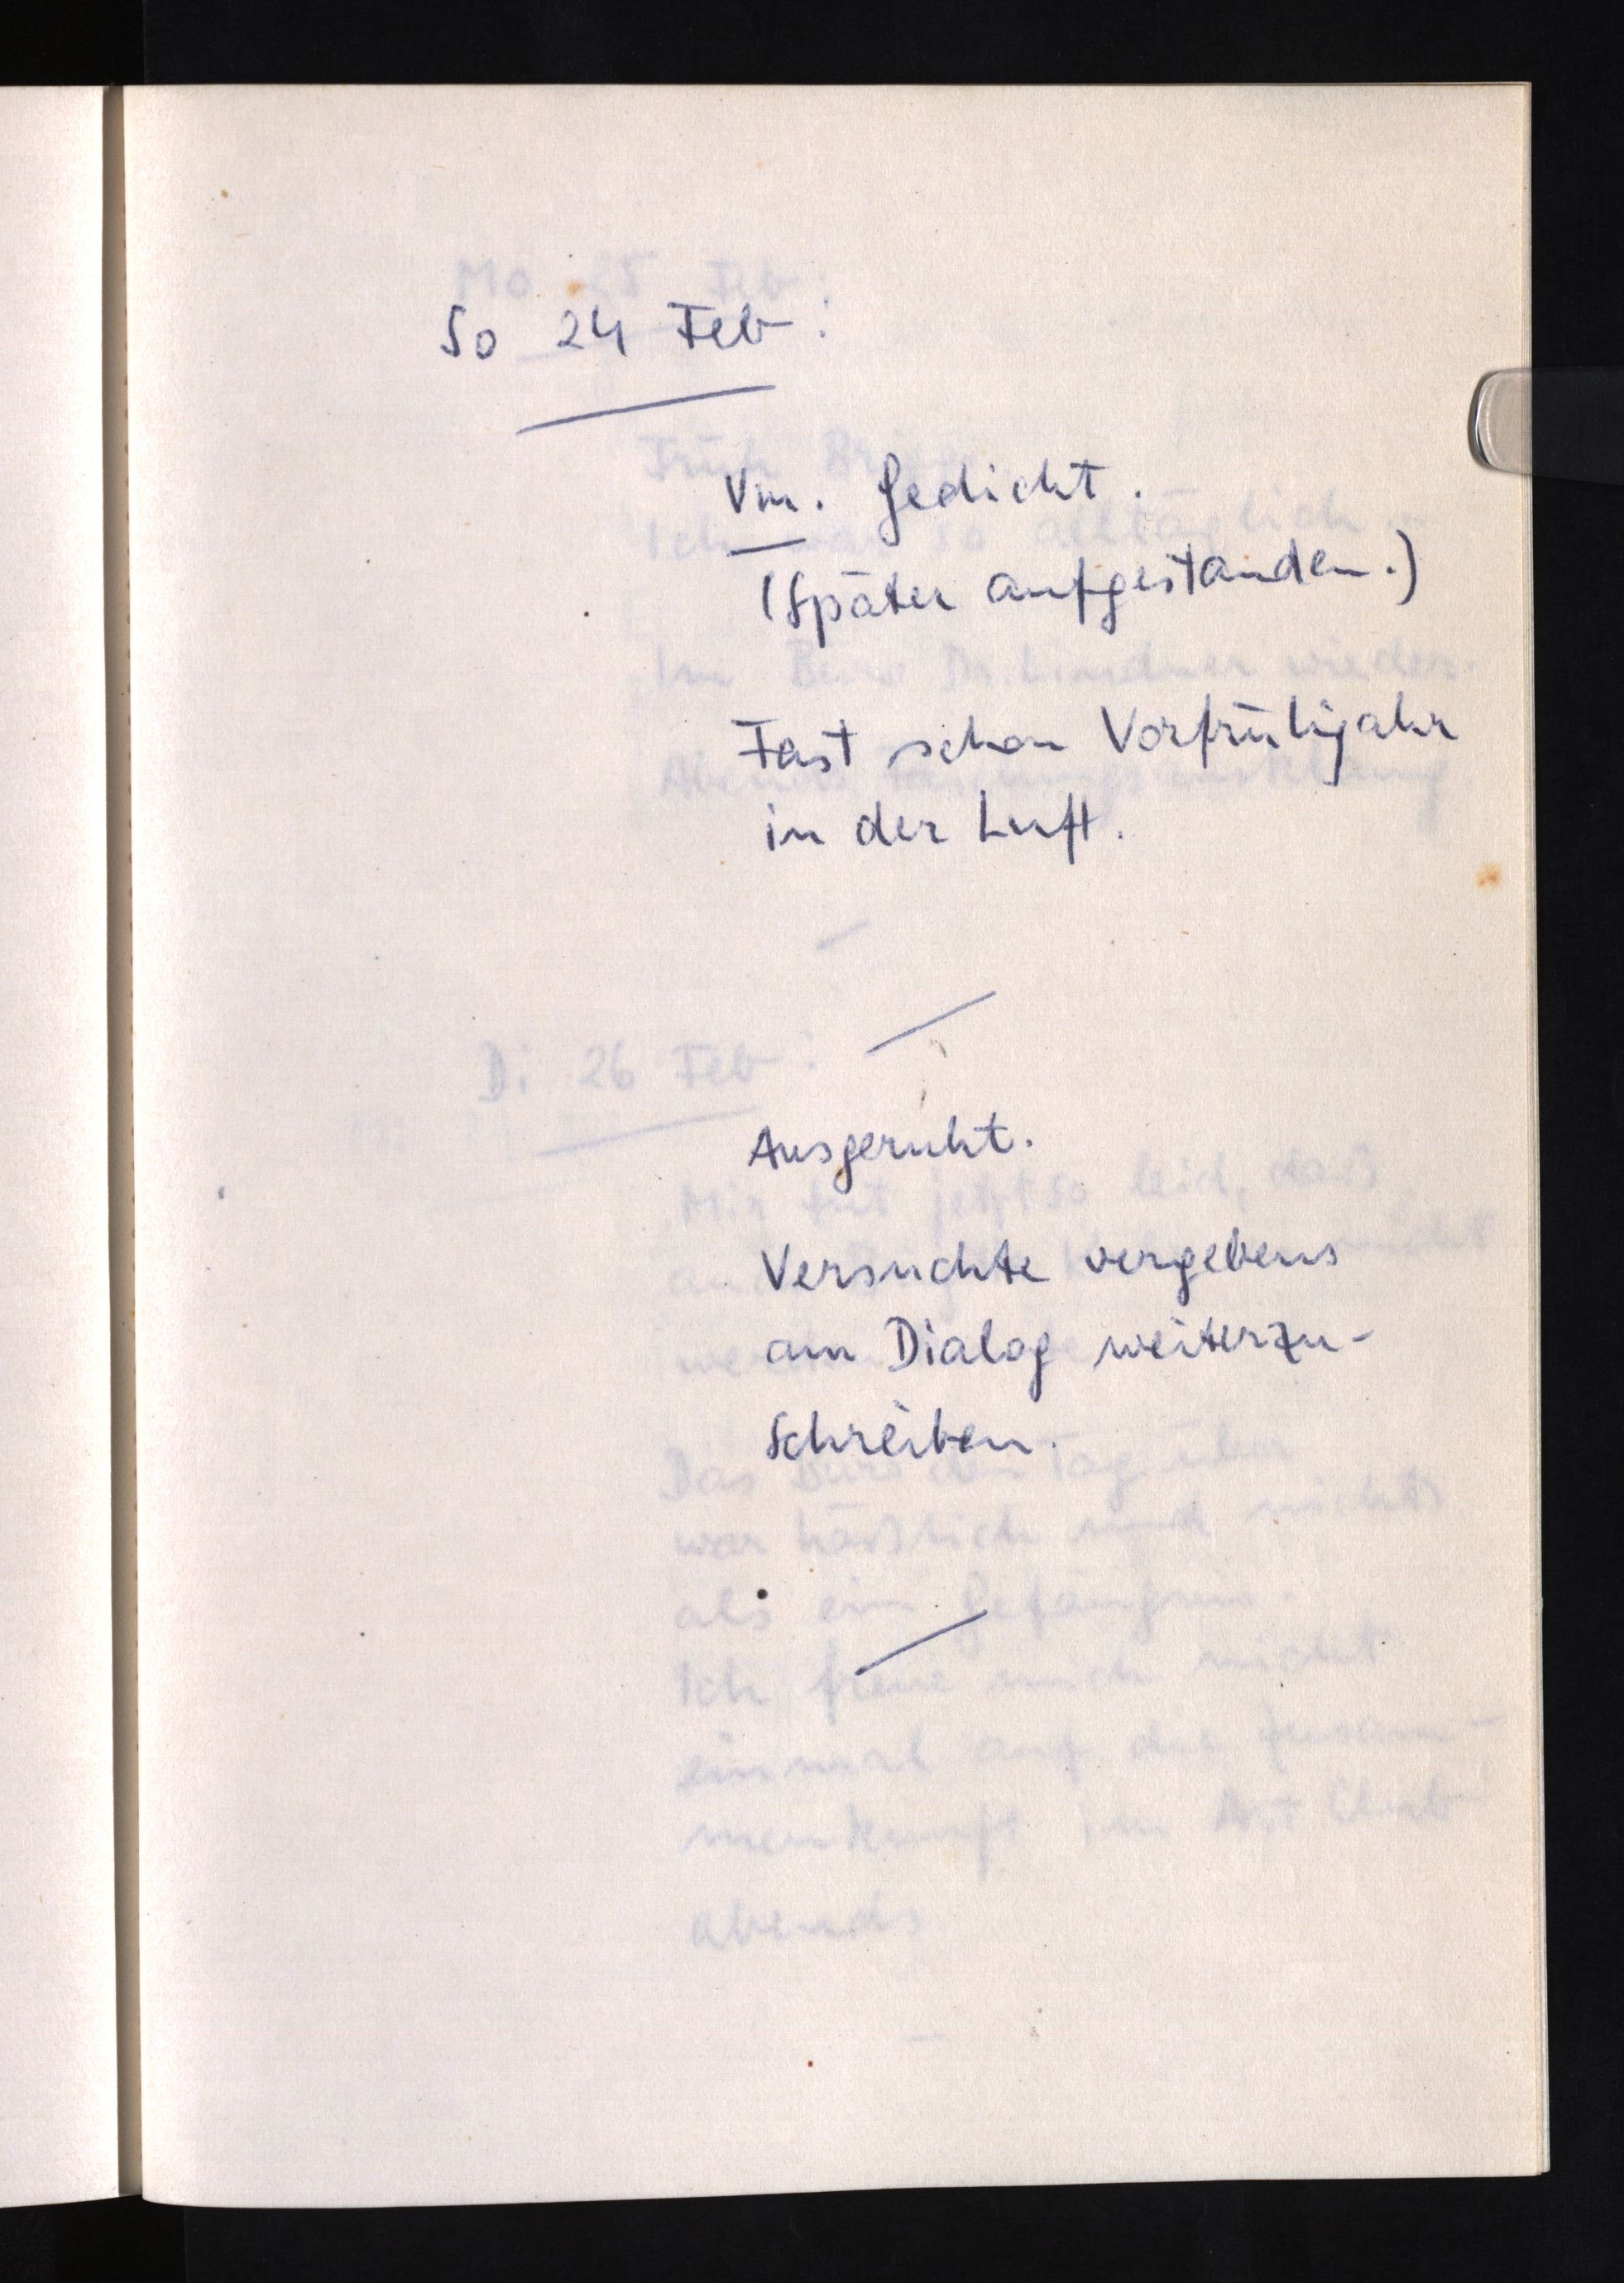
So 24 Feb:
Vm. Gedicht.
(Später aufgestanden.)
Fast schon Vorfrühjahr
in der Luft.
Ausgeruht.
Versuchte vergebens
am Dialog weiterzu¬
schreiben.